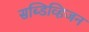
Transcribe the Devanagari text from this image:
सब्डिव्हिजन